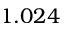
1 . 0 2 4